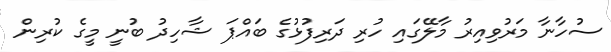
ސުހާނާ މަރުވިއިރު މާލޭގައި ހުރި ދަރިފުޅުގެ ބައްޕަ ޝާހިދު ބުނީ މީގެ ކުރިން